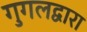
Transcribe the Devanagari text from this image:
गुगलद्वारा